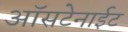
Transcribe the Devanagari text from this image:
ऑसटेनाईट